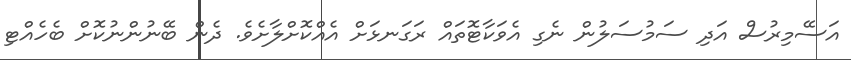
އަސޭމިރުސް އަދި ސަމުސަލުން ނެގި އެވަކާޓޮތައް ރަގަނޅަށް އެއްކޮށްލާށެވެ. ދެން ބޭނުންނުކޮށް ބެހެއްޓި